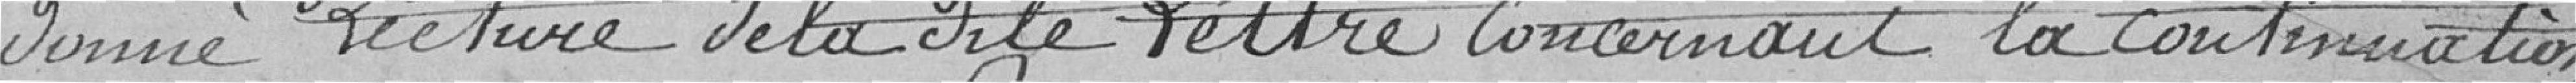
donné lecture de la dite Lettre concernant la continuation